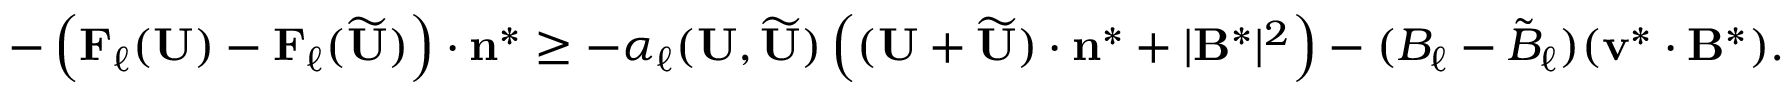
\begin{array} { r } { - \left( \mathbf { F } _ { \ell } ( \mathbf { U } ) - \mathbf { F } _ { \ell } ( \widetilde { \mathbf { U } } ) \right) \cdot \mathbf { n } ^ { * } \ge - \alpha _ { \ell } ( \mathbf { U } , \widetilde { \mathbf { U } } ) \left( ( \mathbf { U } + \widetilde { \mathbf { U } } ) \cdot \mathbf { n } ^ { * } + | \mathbf { B } ^ { * } | ^ { 2 } \right) - ( B _ { \ell } - \tilde { B } _ { \ell } ) ( \mathbf { v } ^ { * } \cdot \mathbf { B } ^ { * } ) . } \end{array}